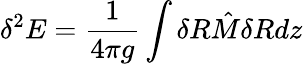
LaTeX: \delta^{2}E=\frac{1}{4\pi g}\int\delta R{\hat{M}}\delta Rdz